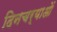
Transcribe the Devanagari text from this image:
दिनचर्याओं